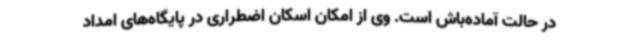
در حالت آماده‌باش است. وی از امکان اسکان اضطراری در پایگاه‌های امداد